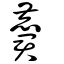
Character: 麏